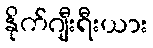
နိုက်ဂျီးရီးယား